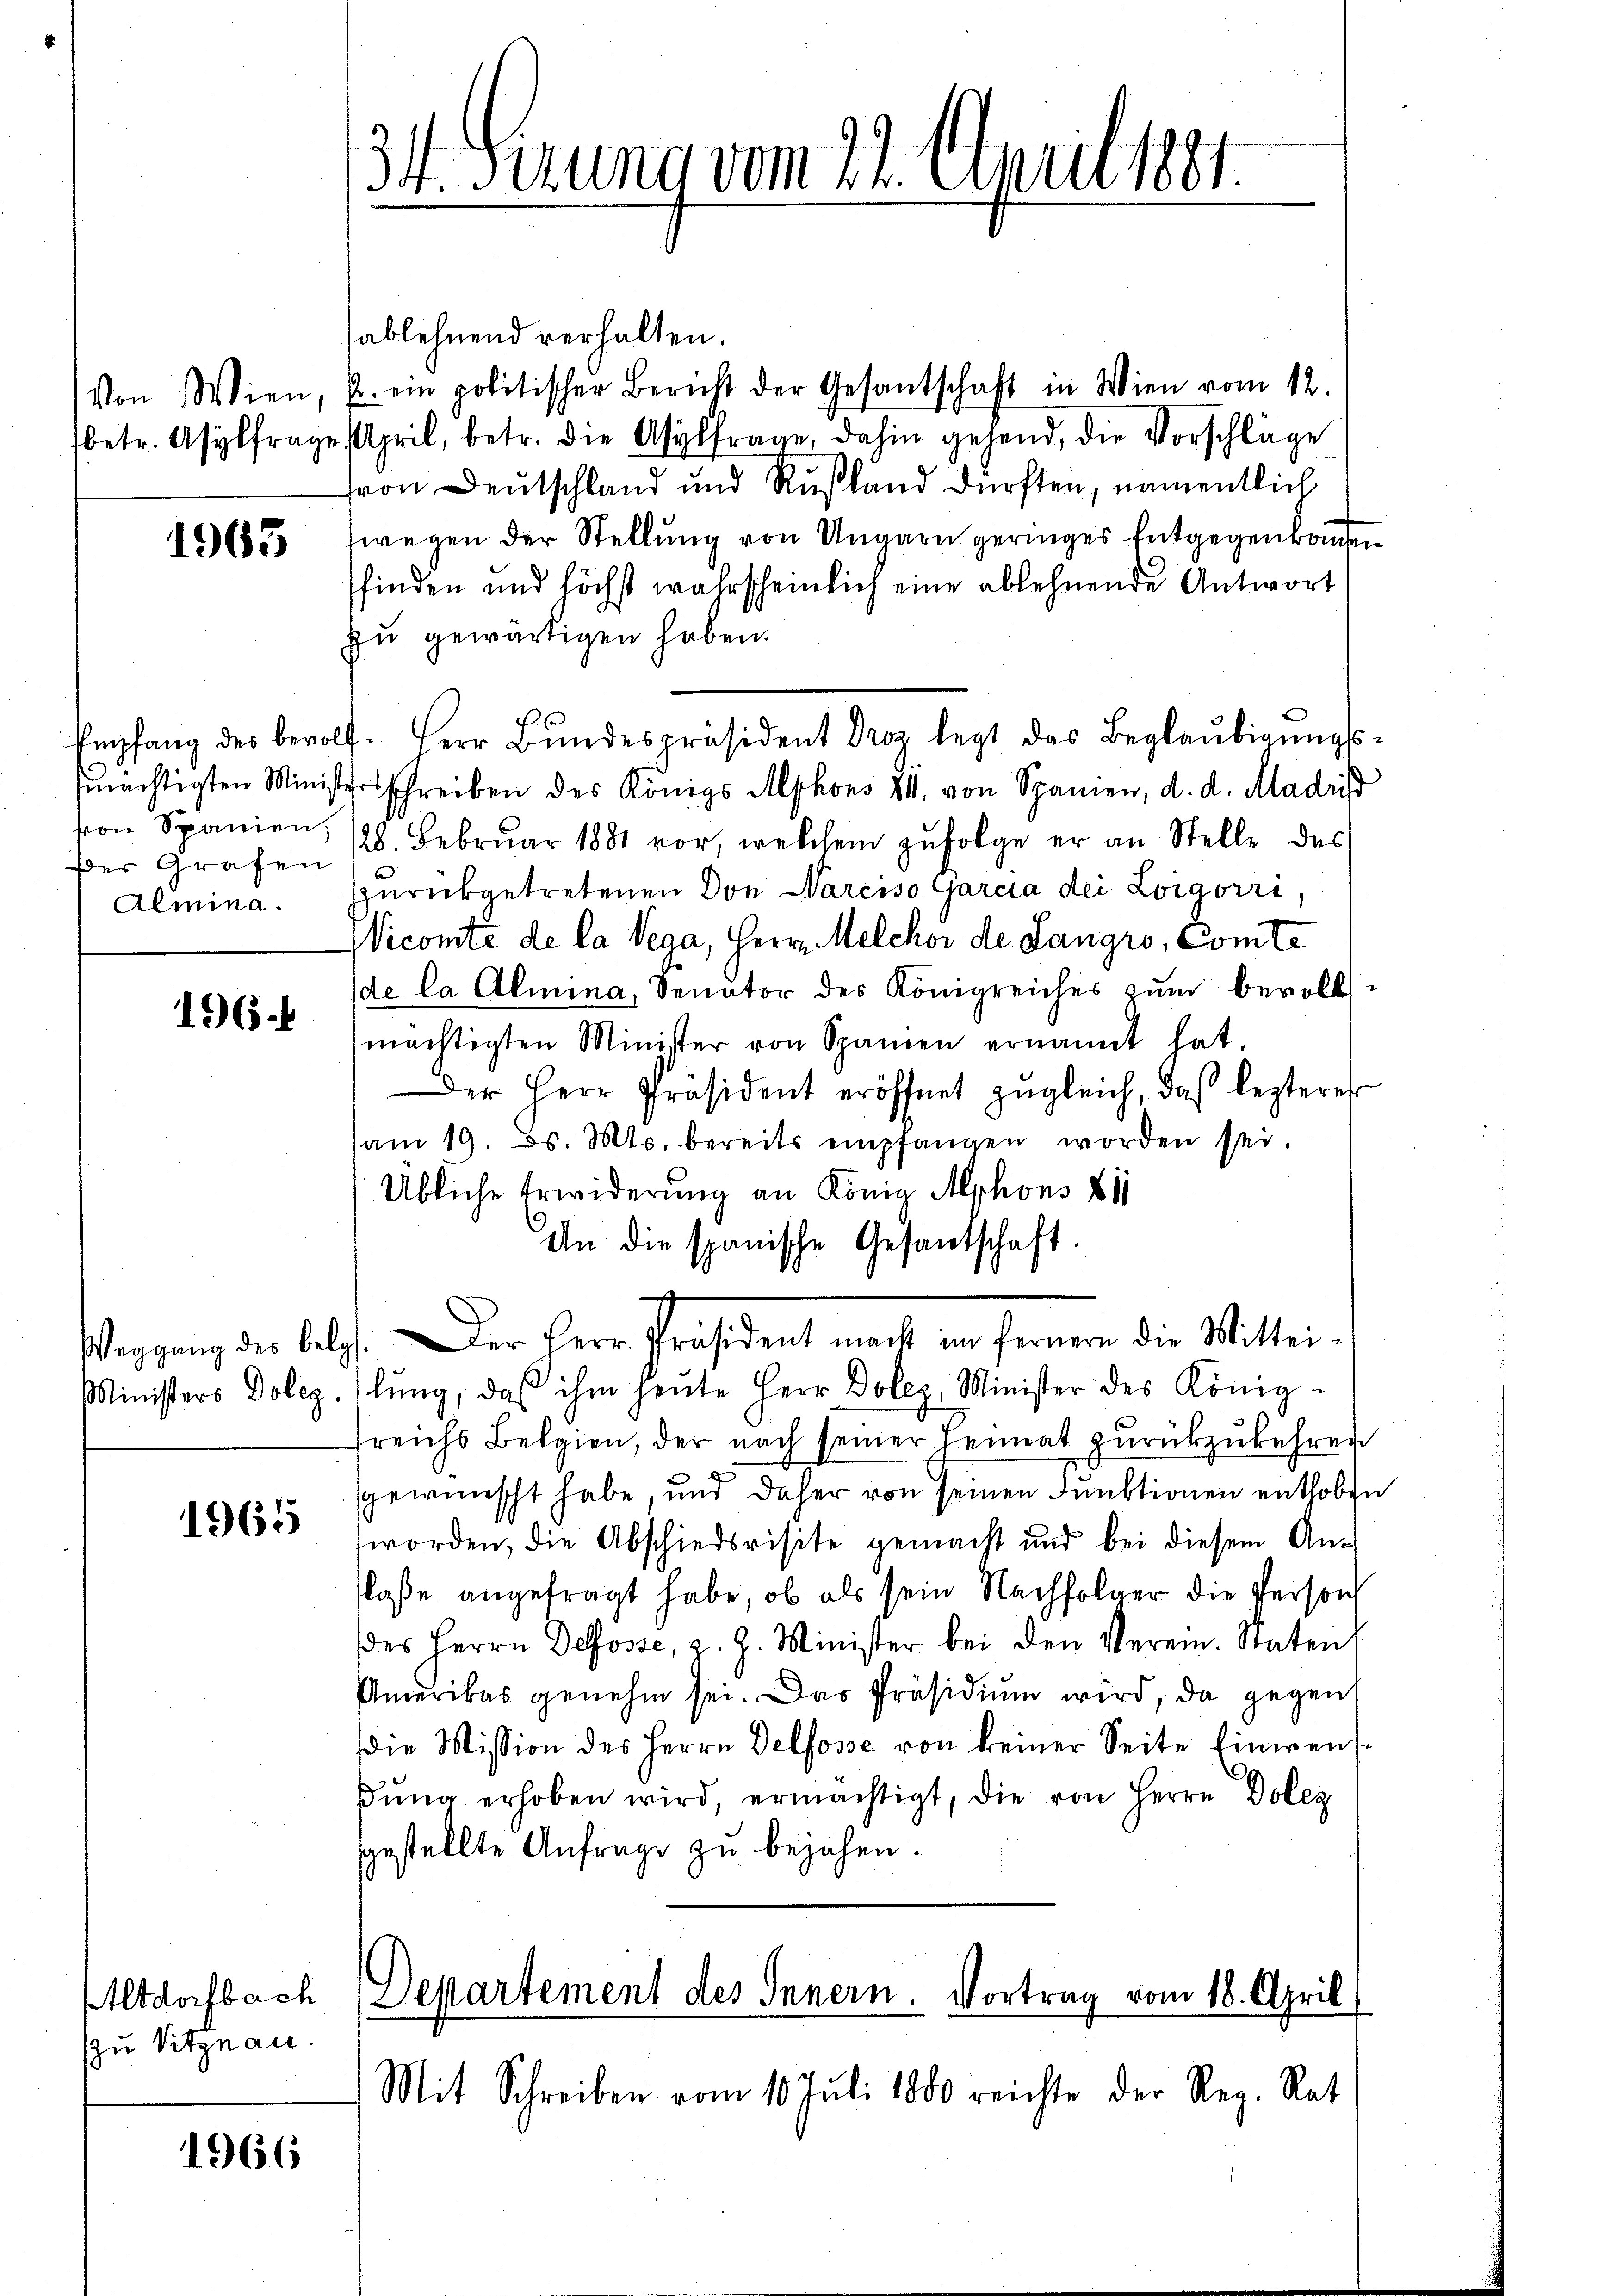
1965

Empfang des bevollder Grafen
Aemina.

196.

1965

Altdorfbach
zu Vitznau.

1966

31. Serung vom 22. April 1881.

sablehnend verhalten.
Von Wien, u. ein politischer Bericht der Gesantschaft in Wien vom 12.
betr. Asylfrage April, betr. die Asylfrage, dahin gehend, die Vorschläge
ron Deutschland und Rußland dürften, namentlich
wegen der Stellung von Ungarn geringes Entgegenkomen
sfinden und höchst wahrscheinlich eine ablehnende Antwort
zu gewärtigen haben.
Herr Bŭndespräsident Droz. legt das Beglaŭbigŭngs-
mächtigten Ministerschreiben des Königs Alphons III. von Spanien, d. d. Madris
ron Spanien, 128. Febrŭar 1881 vor, welchem zŭfolge er an Stelle des
zurückgetretenen Don Narciso Garcia dei Loigorri,
Wiconte de la Vega, Herrn Melcher de Langro, Comte
de la Almina, Senator des Königreiches zŭm bevollmächtigten Minister von Spanien ernannt hat.
Der Herr Präsident eröffnet zŭgleich, daβ lezteres
am 19. ds. Mts. bereits empfangen worden sei.
Übliche Erwiderung an König Mephons 811
An die spanische Gesantschaft.
h
Weggang des belgs. Der Herr Präsident macht im fernern die Mittei-
Ministers Doleg. Ilŭng, daβ ihm heute Herr Dolez, Minister des König-
sreichs Belgien, der nach seiner Heimat zurückzukehren
gewünscht habe, und daher von seinen Funktionen enthoben
worden, die Abschiedsrisite gemacht und bei diesem Anlaße angefragt habe, ob als sein Nachfolger die Person
des Herrn Defosse, v. J. Minister bei den Verein. Staten,
Amerikas genehm sei. Das Präsidiŭm wird, da gegen
die Mission des Herrn Delfosse von keiner Seite Einwens-
dung erhoben wird, ermächtigt, die von Herrn Dole
gestellte Anfrage zu bejahen.

Departement des Innern. Vortrag vom 18. April

Mit Schreiben vom 10. Juli 1880 reichte der Reg. Rat